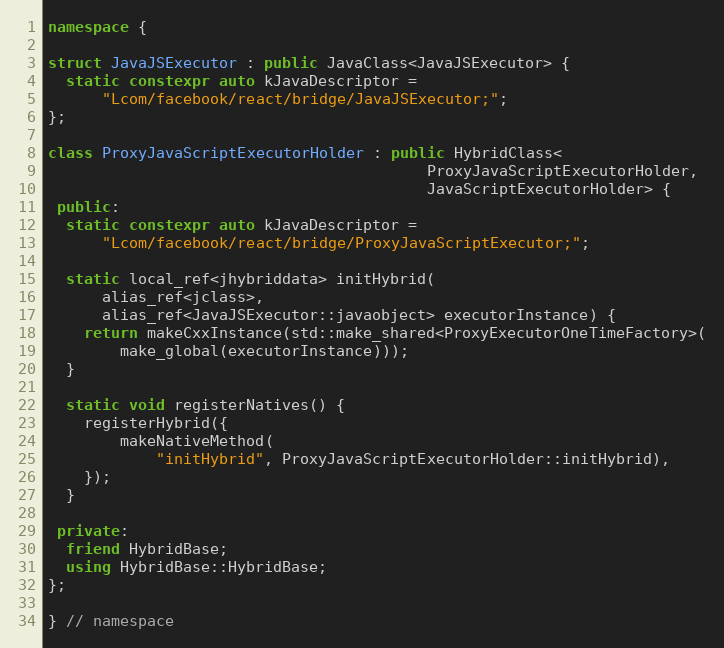
Language: C++
namespace {

struct JavaJSExecutor : public JavaClass<JavaJSExecutor> {
  static constexpr auto kJavaDescriptor =
      "Lcom/facebook/react/bridge/JavaJSExecutor;";
};

class ProxyJavaScriptExecutorHolder : public HybridClass<
                                          ProxyJavaScriptExecutorHolder,
                                          JavaScriptExecutorHolder> {
 public:
  static constexpr auto kJavaDescriptor =
      "Lcom/facebook/react/bridge/ProxyJavaScriptExecutor;";

  static local_ref<jhybriddata> initHybrid(
      alias_ref<jclass>,
      alias_ref<JavaJSExecutor::javaobject> executorInstance) {
    return makeCxxInstance(std::make_shared<ProxyExecutorOneTimeFactory>(
        make_global(executorInstance)));
  }

  static void registerNatives() {
    registerHybrid({
        makeNativeMethod(
            "initHybrid", ProxyJavaScriptExecutorHolder::initHybrid),
    });
  }

 private:
  friend HybridBase;
  using HybridBase::HybridBase;
};

} // namespace